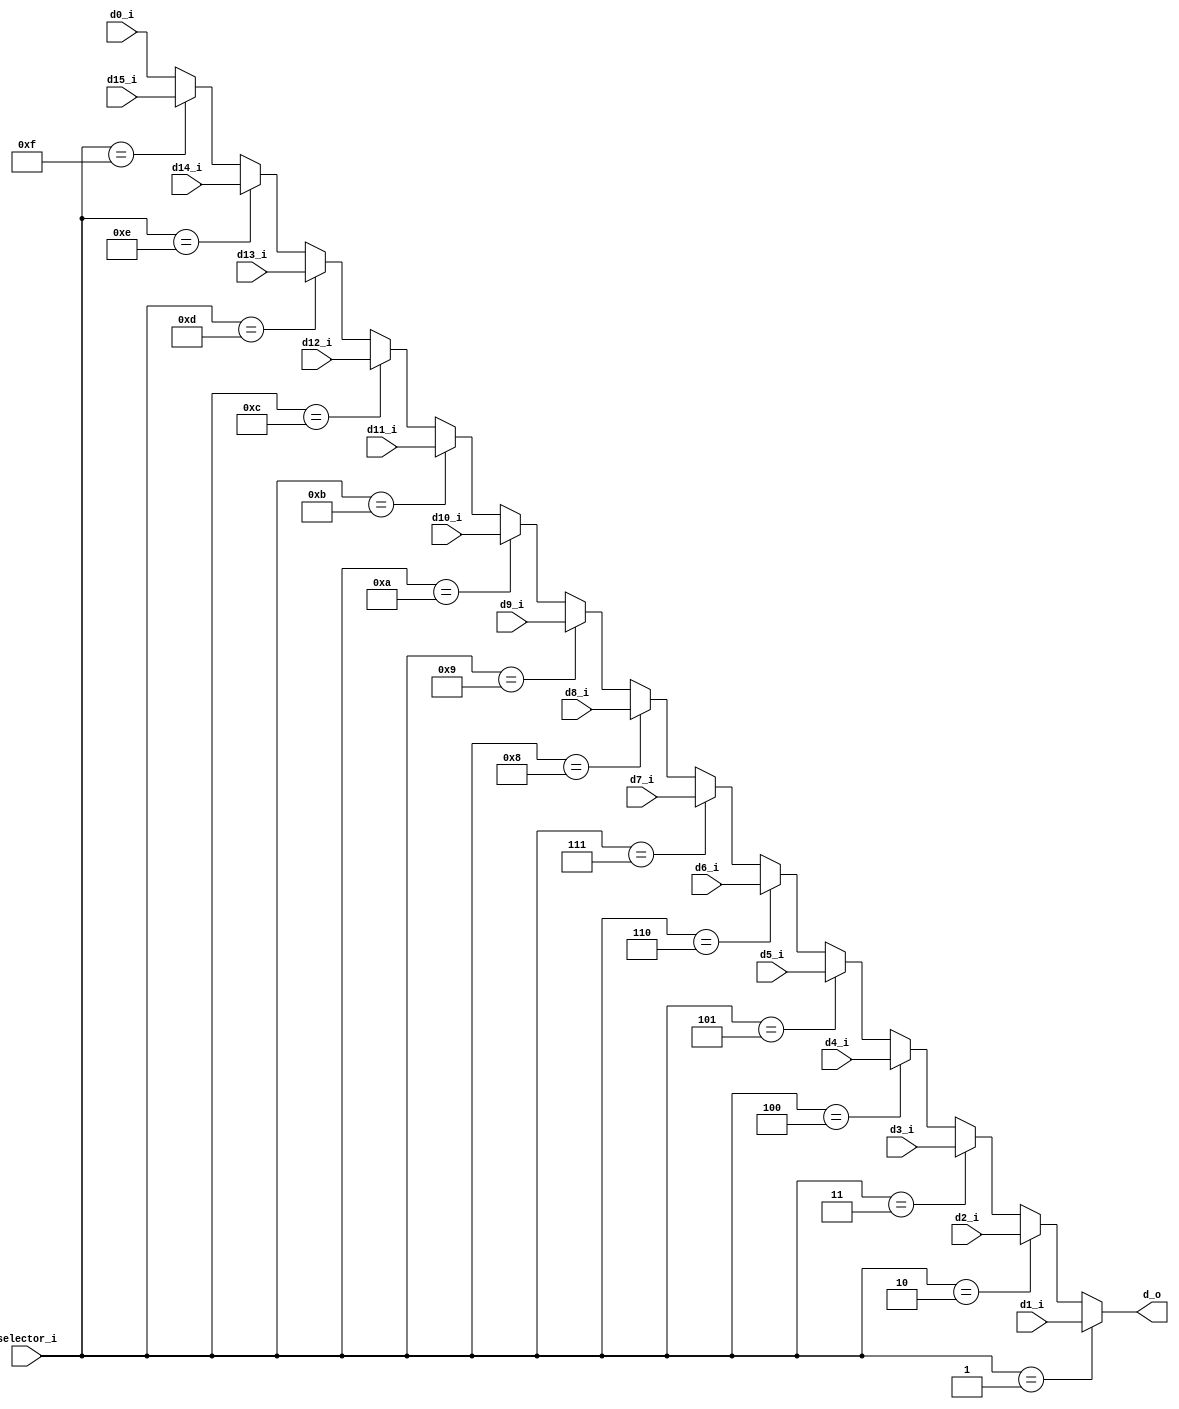
module romsel(
	// Selection
	input [3:0] selector_i,
	// Output
	output [7:0] d_o,
	// Inputs
	input [7:0] d0_i,
	input [7:0] d1_i,
	input [7:0] d2_i,
	input [7:0] d3_i,
	input [7:0] d4_i,
	input [7:0] d5_i,
	input [7:0] d6_i,
	input [7:0] d7_i,
	input [7:0] d8_i,
	input [7:0] d9_i,
	input [7:0] d10_i,
	input [7:0] d11_i,
	input [7:0] d12_i,
	input [7:0] d13_i,
	input [7:0] d14_i,
	input [7:0] d15_i
	);

	assign d_o = 
		(selector_i == 4'd1) ? d1_i :
		(selector_i == 4'd2) ? d2_i :
		(selector_i == 4'd3) ? d3_i :
		(selector_i == 4'd4) ? d4_i :
		(selector_i == 4'd5) ? d5_i :
		(selector_i == 4'd6) ? d6_i :
		(selector_i == 4'd7) ? d7_i :
		(selector_i == 4'd8) ? d8_i :
		(selector_i == 4'd9) ? d9_i :
		(selector_i == 4'd10) ? d10_i :
		(selector_i == 4'd11) ? d11_i :
		(selector_i == 4'd12) ? d12_i :
		(selector_i == 4'd13) ? d13_i :
		(selector_i == 4'd14) ? d14_i :
		(selector_i == 4'd15) ? d15_i :
		d0_i;
	
endmodule